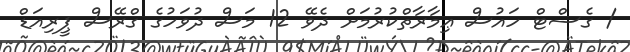
/ ގެސްޓް ހައުސް ޢިމާރާތްކުރުމަށް ދެވޭ 12 މަސް ދުވަހުގެ ގްރޭސް ޕީރިއަޑް